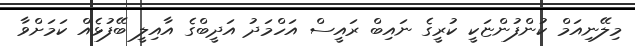
މިލޭނިއަމް ކުންފުންޏަކީ ކުރީގެ ނައިބް ރައީސް އަހްމަދު އަދީބްގެ އާއިލީ ބޭފުޅެއް ކަމަށްވާ